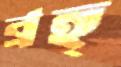
ব্রহ্